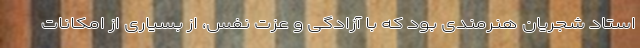
استاد شجریان هنرمندی بود که با آزادگی و عزت نفس، از بسیاری از امکانات